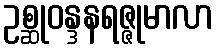
ဥစ္ဆုဝန္ဒနရဇ္ဇုမာလာ